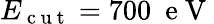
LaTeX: E_{\mathrm{~c~u~t~}}=700\ \mathrm{~e~V~}